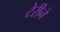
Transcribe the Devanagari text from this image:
टेरीने